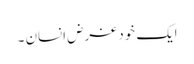
ایک خود غرض انسان ۔